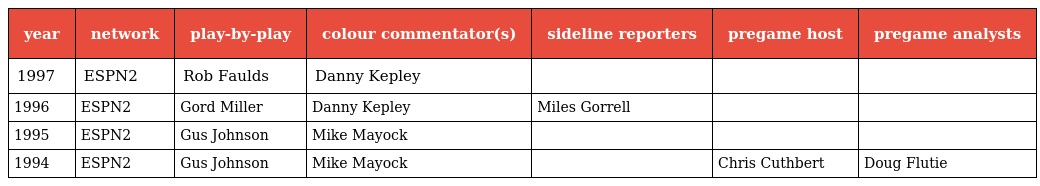
| year | network | play-by-play | colour commentator(s) | sideline reporters | pregame host | pregame analysts |
 | --- | --- | --- | --- | --- | --- | --- |
 | 1997 | ESPN2 | Rob Faulds | Danny Kepley |  |  |  |
 | 1996 | ESPN2 | Gord Miller | Danny Kepley | Miles Gorrell |  |  |
 | 1995 | ESPN2 | Gus Johnson | Mike Mayock |  |  |  |
 | 1994 | ESPN2 | Gus Johnson | Mike Mayock |  | Chris Cuthbert | Doug Flutie |